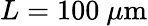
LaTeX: L=100\ \mu\mathrm{m}